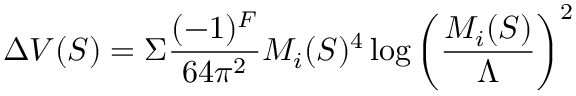
\Delta V ( S ) = \Sigma { \frac { ( - 1 ) ^ { F } } { 6 4 \pi ^ { 2 } } } M _ { i } ( S ) ^ { 4 } \log \left( { \frac { M _ { i } ( S ) } { \Lambda } } \right) ^ { 2 }